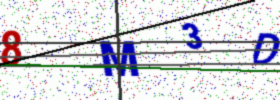
Text: 8M3D